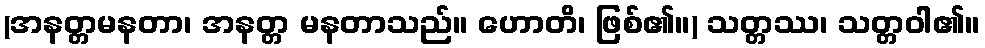
(အနတ္တမနတာ၊ အနတ္တ မနတာသည်။ ဟောတိ၊ ဖြစ်၏။) သတ္တဿ၊ သတ္တဝါ၏။